Annual administration report of the Civil Veterinary Department of India - 1894-1895
Year: 1894
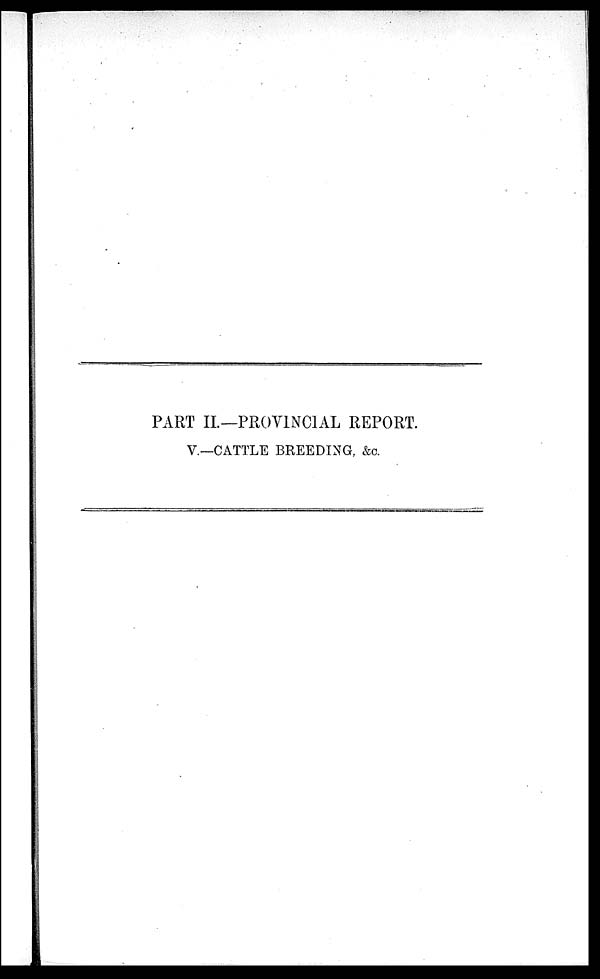
PART II.—PROVINCIAL REPORT.
V.—CATTLE BREEDING, &c.